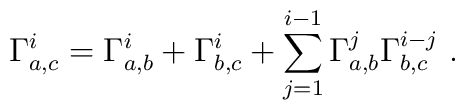
\Gamma^i_{a,c} = \Gamma^i_{a,b} + \Gamma^i_{b,c} + \sum_{j=1}^{i-1} \Gamma^j_{a,b} \Gamma^{i-j}_{b,c}~.